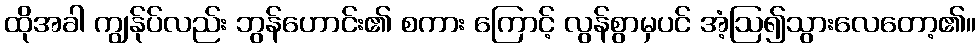
ထိုအခါ ကျွန်ုပ်လည်း ဘွန်ဟောင်း၏ စကား ကြောင့် လွန်စွာမှပင် အံ့ဩ၍သွားလေတော့၏။